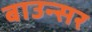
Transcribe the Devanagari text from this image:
बाउन्सर